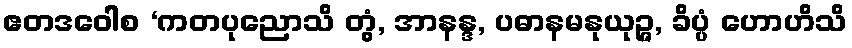
ဧတဒဝေါစ ‘ကတပုညောသိ တွံ, အာနန္ဒ, ပဓာနမနုယုဉ္ဇ, ခိပ္ပံ ဟောဟိသိ